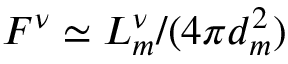
F ^ { \nu } \simeq L _ { m } ^ { \nu } / ( 4 \pi d _ { m } ^ { 2 } )